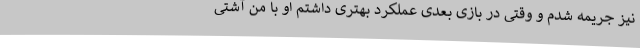
نیز جریمه شدم و وقتی در بازی بعدی عملکرد بهتری داشتم او با من آشتی